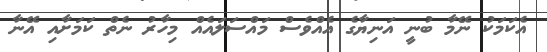
އެކަމަކު ނޭމާ ބުނީ އަނިޔާގެ އެއްވެސް މައްސަލައެއް މިހާރު ނެތް ކަމަށާއި އޭނާ